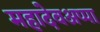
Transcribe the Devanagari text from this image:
महादेवअप्पा